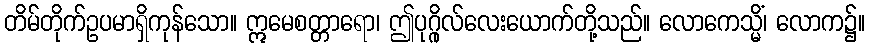
တိမ်တိုက်ဥပမာရှိကုန်သော။ ဣမေစတ္တာရော၊ ဤပုဂ္ဂိုလ်လေးယောက်တို့သည်။ လောကေသ္မိံ၊ လောက၌။